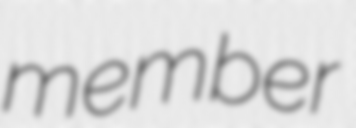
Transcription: member